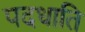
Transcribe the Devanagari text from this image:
पदधाति